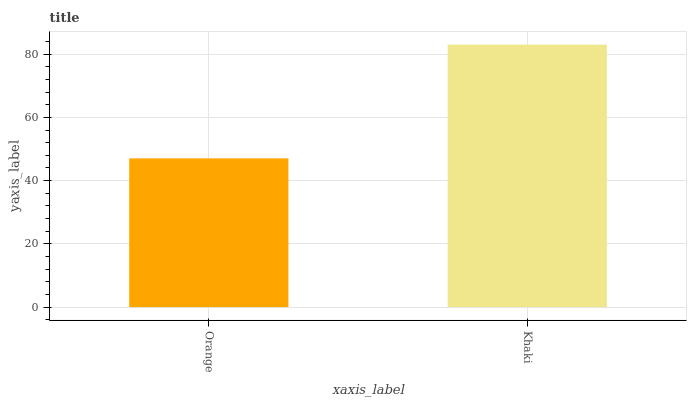
| xaxis_label | bars |
 | --- | --- |
 | Orange | 47 |
 | Khaki | 83 |